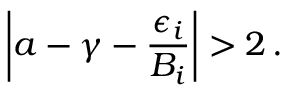
\left| a - \gamma - \frac { \epsilon _ { i } } { B _ { i } } \right| > 2 \, .